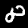
Label: 8